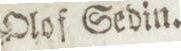
Olof Sedin.